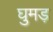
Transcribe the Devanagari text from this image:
घुमड़